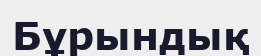
Бұрындық